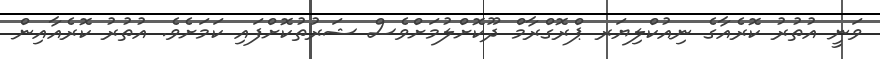
ވަނީ އުތުރު ކޮރެއާގެ ނިއުކްލިޔަރ ޕްރޮގްރާމް ދޫކޮށްލުމަށްވެސް ޝަރުތުކޮށްފައި ކަމަށެވެ. އުތުރު ކޮރެއާއިން